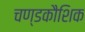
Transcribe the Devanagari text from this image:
चण्डकौशिक